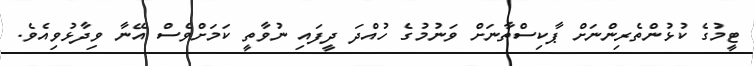
ޓީމުގެ ކުޅުންތެރިންނަށް ޕާކިސްތާނަށް ވަނުމުގެ ހުއްދަ ދީފައި ނުވާތީ ކަމަށްވެސް އޭނާ ވިދާޅުވިއެވެ.